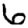
Digit: 6